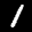
Label: 1